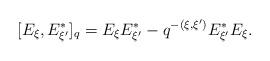
LaTeX: \begin{align*}[E_\xi, E_{\xi^\prime}^*]_q = E_\xi E_{\xi^\prime}^* - q^{-(\xi, \xi^\prime)} E_{\xi^\prime}^* E_\xi.\end{align*}